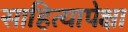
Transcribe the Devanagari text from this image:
साहित्यापेक्षा